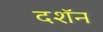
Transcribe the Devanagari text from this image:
दशॅन